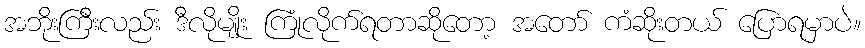
အဘိုးကြီးလည်း ဒီလိုမျိုး ကြုံလိုက်ရတာဆိုတော့ အတော် ကံဆိုးတယ် ပြောရမှာပဲ။